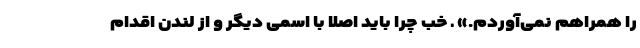
را همراهم نمی‌آوردم.» ـ خب چرا باید اصلا با اسمی دیگر و از لندن اقدام